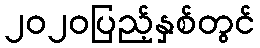
၂၀၂၀ပြည့်နှစ်တွင်